Leaving Certificate Examination (including Day School Certificate (Higher) General paper), 1933
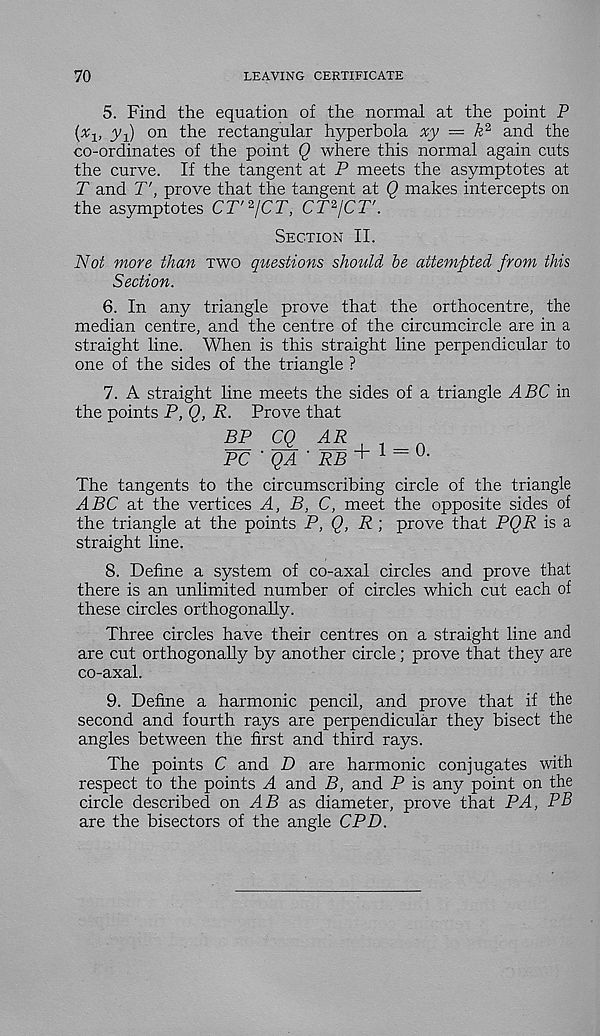
70
LEAVING CERTIFICATE
5. Find the equation of the normal at the point P
{ x i> y-i) on 'the rectangular hyperbola xy — kP and the
co-ordinates of the point Q where this normal again cuts
the curve. If the tangent at P meets the asymptotes at
T and T', prove that the tangent at Q makes intercepts on
the asymptotes CT' 2 ICT, CT 2 jCT'.
Section II.
Not more than two questions should be attempted from this
Section.
6. In any triangle prove that the orthocentre, the
median centre, and the centre of the circumcircle are in a
straight line. When is this straight line perpendicular to
one of the sides of the triangle ?
+ 1 — 0.
7. A straight line meets the sides of a triangle ABC in
the points P, Q, R. Prove that
BP CQ_ AR
PC ' QA' RB
The tangents to the circumscribing circle of the triangle
ABC at the vertices A, B, C, meet the opposite sides of
the triangle at the points P, Q, R prove that PQR is a
straight line.
8. Define a system of co-axal circles and prove that
there is an unlimited number of circles which cut each of
these circles orthogonally.
Three circles have their centres on a straight line and
are cut orthogonally by another circle; prove that they are
co-axal.
9. Define a harmonic pencil, and prove that if the
second and fourth rays are perpendicular they bisect the
angles between the first and third rays.
The points C and D are harmonic conjugates with
respect to the points A and B, and P is any point on the
circle described on AB as diameter, prove that PA, PB
are the bisectors of the angle CPD.